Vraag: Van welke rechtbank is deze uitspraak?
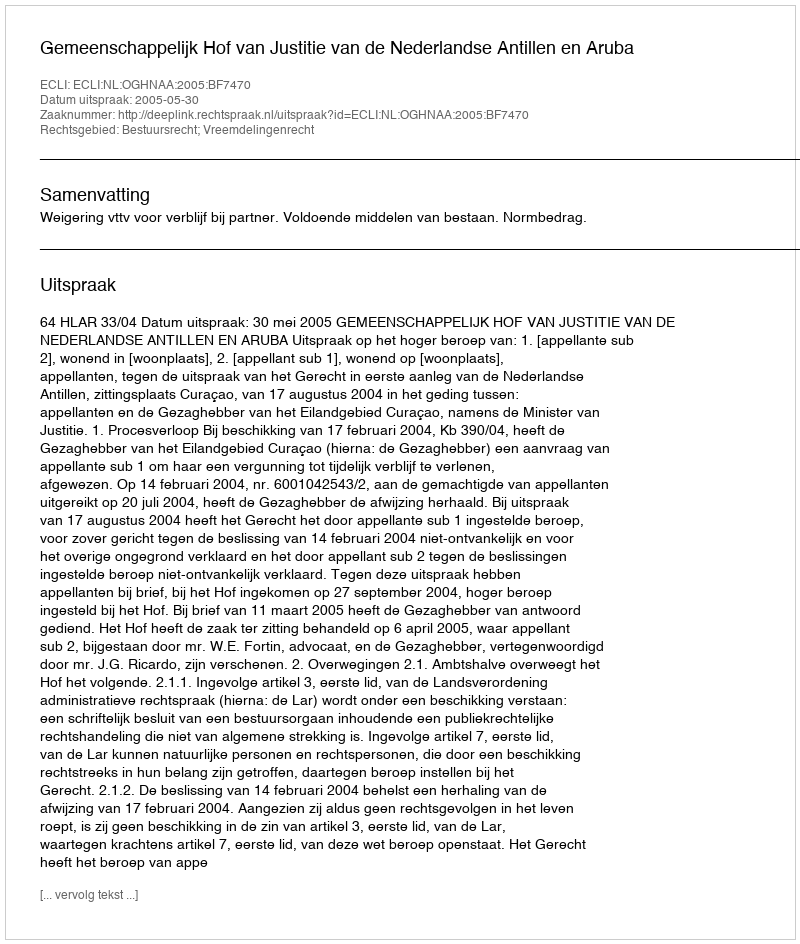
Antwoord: Gemeenschappelijk Hof van Justitie van de Nederlandse Antillen en Aruba